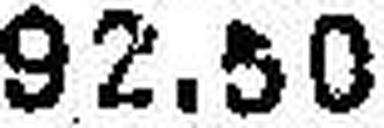
92.50